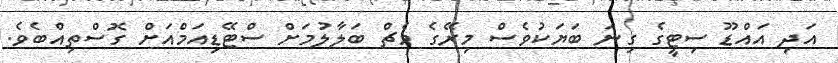
އަދި އައްޑޫ ސިޓީގެ ގިނަ ބަޔަކުވެސް މިރޭގެ މެޗް ބަލާލުމަށް ސްޓޭޑިއަމްއަށް ގޮސްތިއްބެވެ.